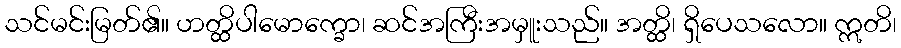
သင်မင်းမြတ်၏။ ဟတ္ထိပါမောက္ခော၊ ဆင်အကြီးအမှူးသည်။ အတ္ထိ၊ ရှိပေသလော။ ဣတိ၊